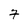
Character: 7